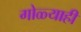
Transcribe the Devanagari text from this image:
गोळ्याही